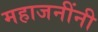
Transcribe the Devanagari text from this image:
महाजनींनी